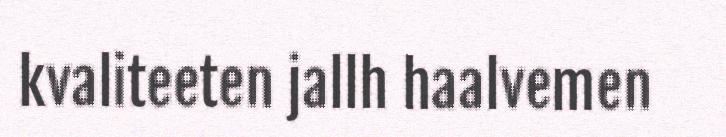
kvaliteeten jallh haalvemen